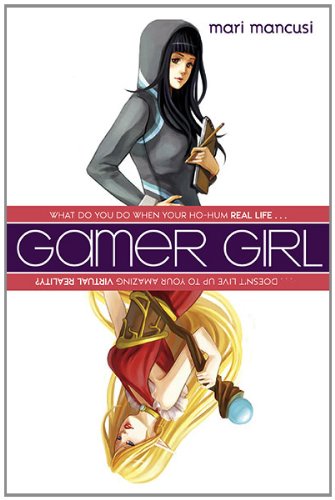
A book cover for Gamer Girl; Mari Mancusi; Teen & Young Adult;